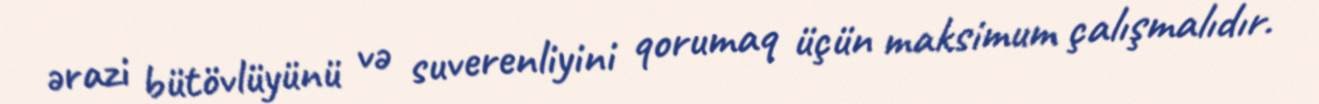
ərazi bütövlüyünü və suverenliyini qorumaq üçün maksimum çalışmalıdır.